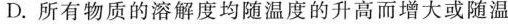
D. 所有物质的溶解度均随温度的升高而增大或随温